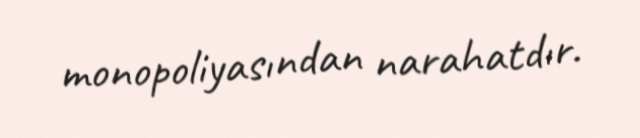
monopoliyasından narahatdır.